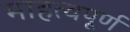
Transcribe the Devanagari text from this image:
माहत्वपूर्ण